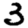
Digit: 3